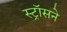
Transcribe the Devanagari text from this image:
स्ट्रॉसने